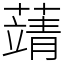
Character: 𦽴